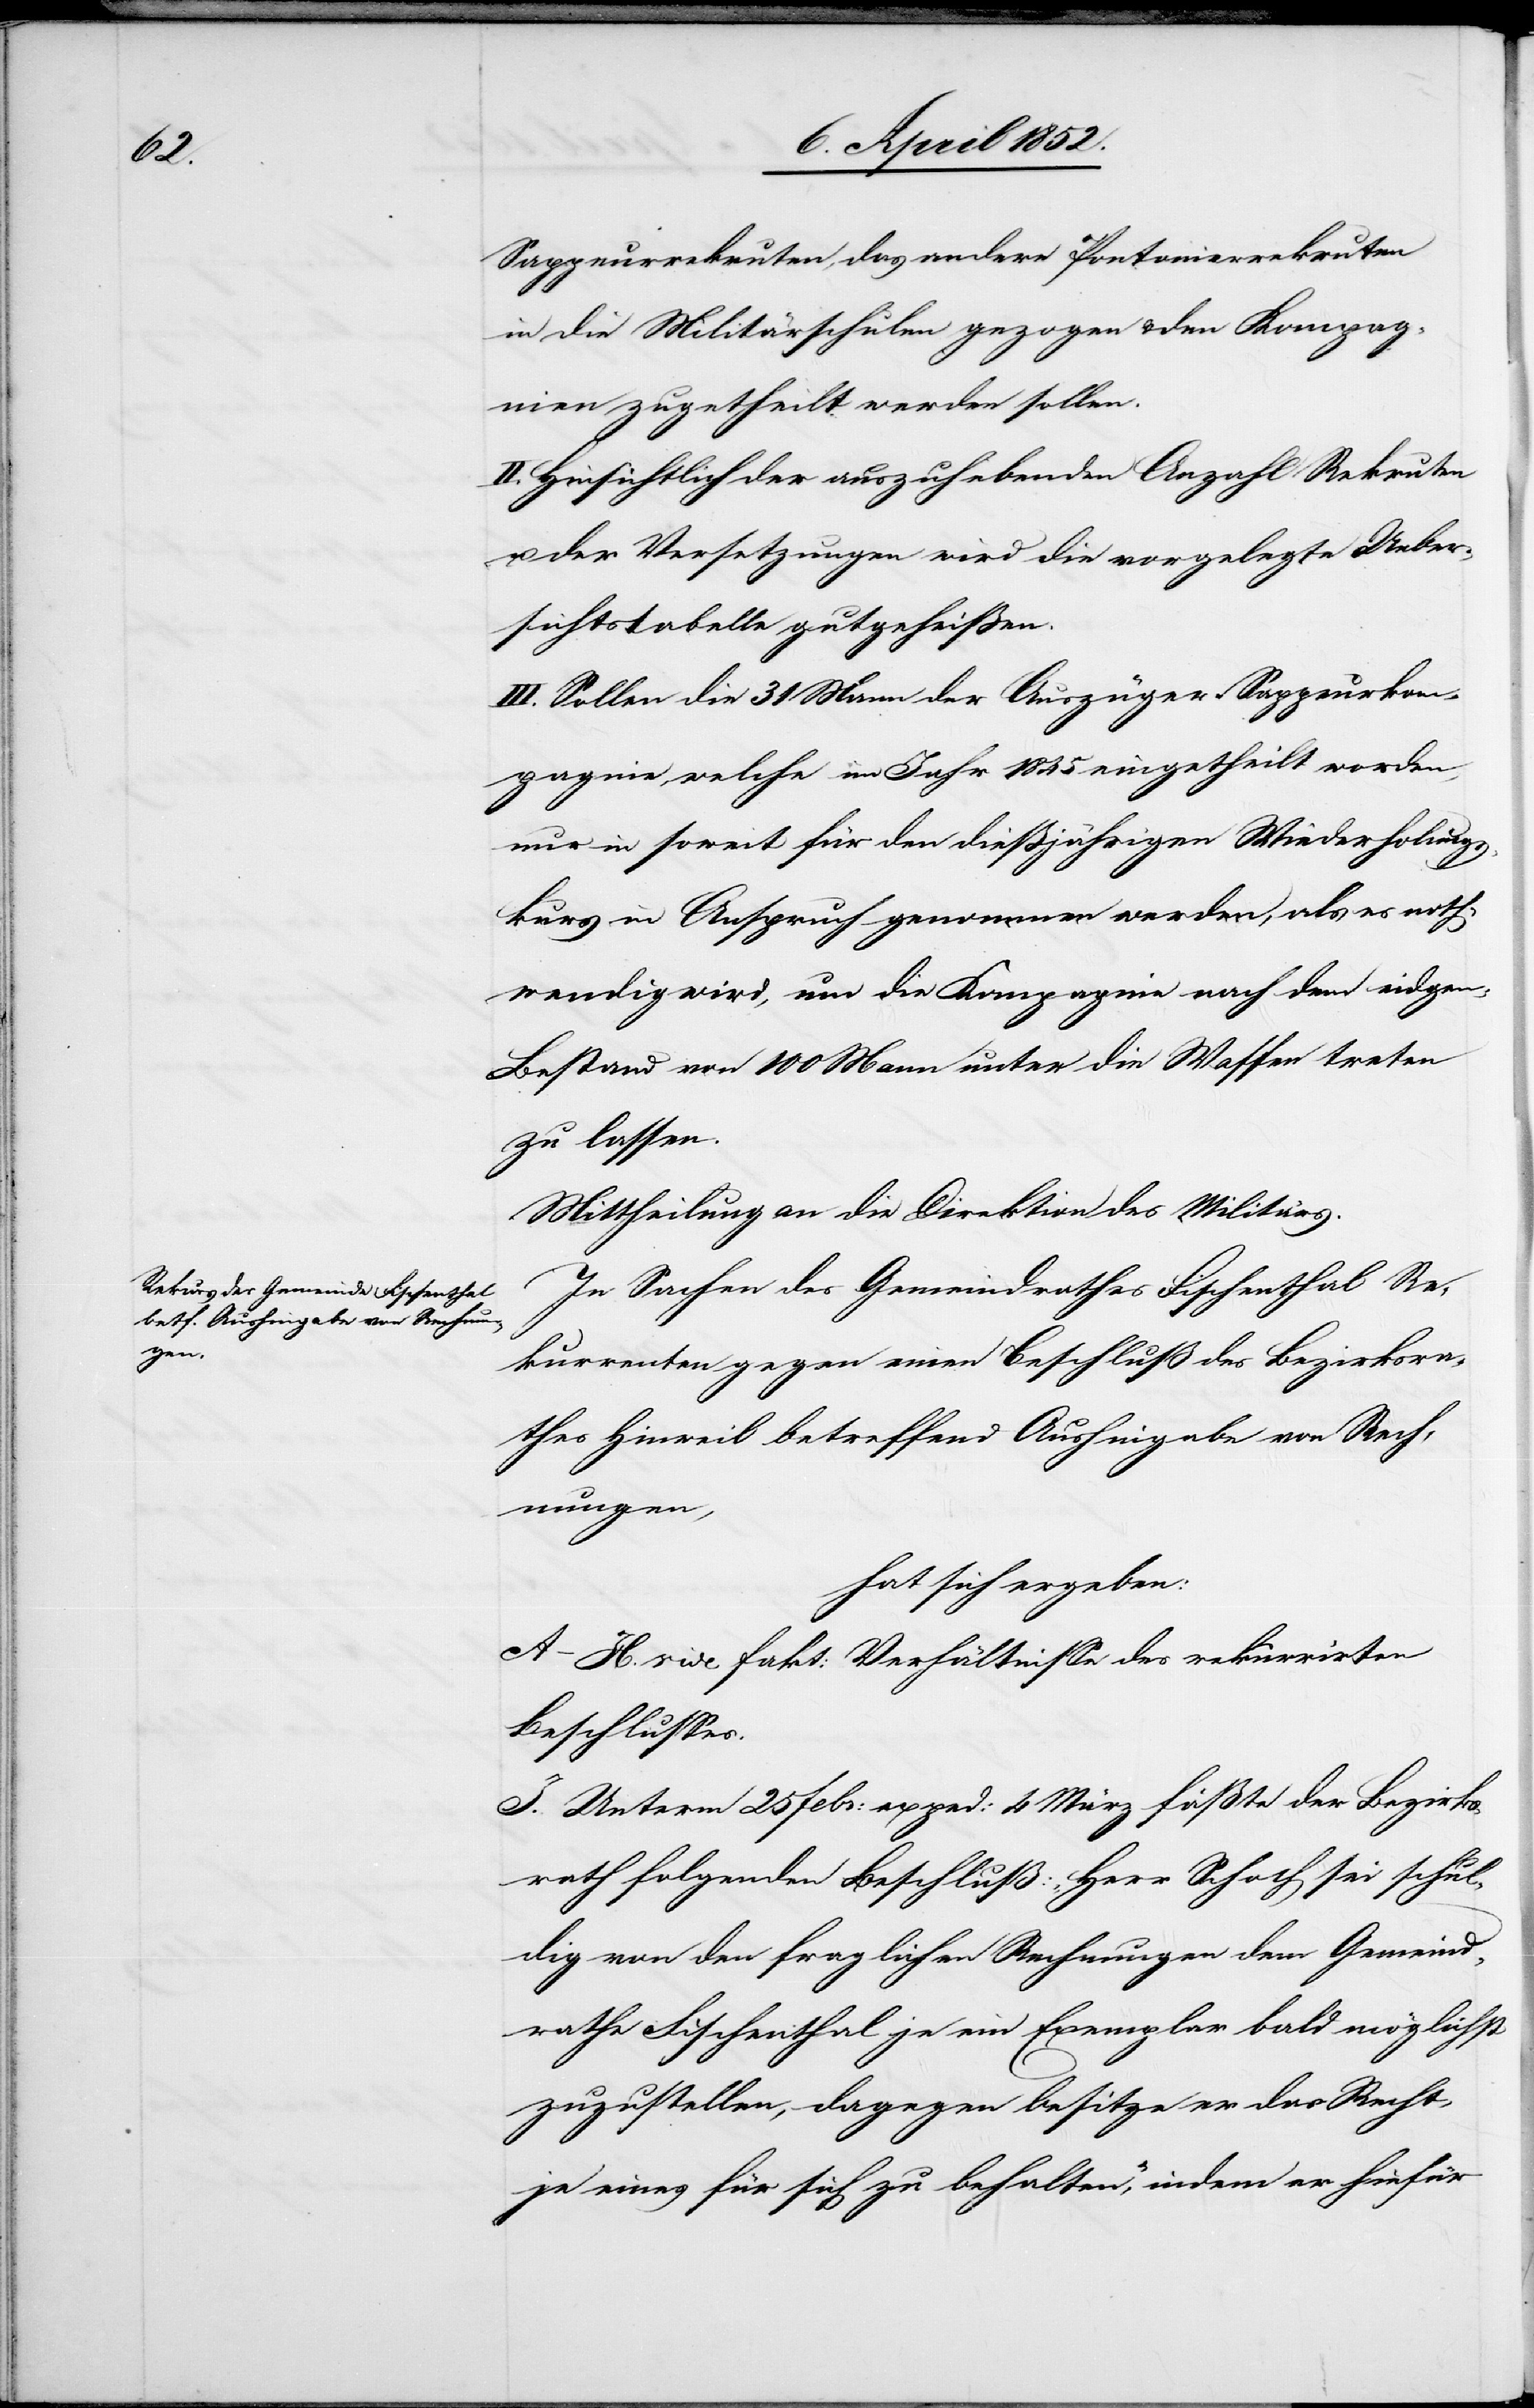
Sappeurrekruten, das andere Pontonierrekruten
in die Militärschulen gezogen & den Kompag¬
nien zugetheilt werden sollen.
II. Hinsichtlich der auszuhebenden Anzahl Rekruten
u. der Versetzungen wird die vorgelegte Ueber¬
sichtstabelle gutgeheißen.
III. Sollen die 31 Mann der Auszüger-Sappeurkom¬
pagnie, welche im Jahr 1845 eingetheilt worden,
nur in soweit für den dießjährigen Wiederholungs¬
kurs in Anspruch genommen werden, als es noth¬
wendig wird, um die Kompagnie nach dem eidgen.
Bestand von 100 Mann unter die Waffen treten
zu lassen.
Mittheilung an die Direktion des Militärs.
In Sachen des Gemeindrathes Fischenthal Re¬
kurrenten gegen einen Beschluß des Bezirksra¬
thes Hinweil betreffend Aushingabe von Rech¬
nungen,
hat sich ergeben:
A–H. vide fakt: Verhältnisse des rekurrirten
Beschlusses.
I. Unterm 25 Febr: exped: 4 März fäßte [sic!] der Bezirks¬
rath folgenden Beschluß: „Herr Schoch sei schul¬
dig von den fraglichen Rechnungen dem Gemeind¬
rathe Fischenthal je ein Exemplar bald möglichst
zuzustellen, dagegen besitze er das Recht,
je eines für sich zu behalten,“ indem er hiefür